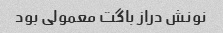
نونش دراز باگت معمولی بود